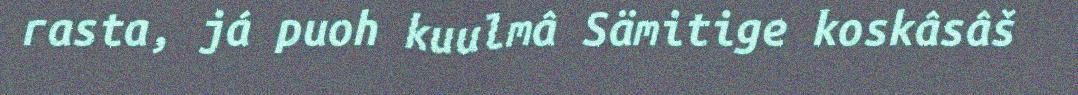
rasta, já puoh kuulmâ Sämitige koskâsâš